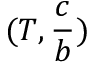
( T , \frac { c } { b } )